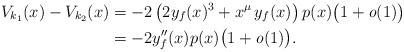
\begin{align*} V_{k_1}(x)-V_{k_2}(x)&=-2\left(2y_f(x)^3+x^\mu\,y_f(x)\right)p(x)\bigl(1+\textit{o}(1)\bigr)\\ &=-2y_f''(x)p(x)\bigl(1+\textit{o}(1)\bigr). \end{align*}